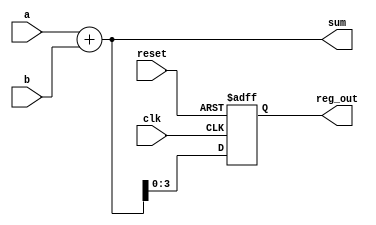
module example_logic (
    input wire clk,         // Clock input
    input wire reset,       // Asynchronous reset input
    input wire [3:0] a,     // 4-bit input a
    input wire [3:0] b,     // 4-bit input b
    output reg [4:0] sum,   // 5-bit output for sum
    output reg [3:0] reg_out // 4-bit output for registered value
);

// Combinational Logic using always @*
always @* begin
    // Calculate the sum of inputs a and b
    sum = a + b;
end

// Sequential Logic using always @ (posedge clk)
always @(posedge clk or posedge reset) begin
    if (reset) begin
        // Asynchronous reset
        reg_out <= 4'b0000; // Reset the output register to 0
    end else begin
        // Update the register with the current value of sum
        reg_out <= sum[3:0]; // Store the lower 4 bits of sum
    end
end

endmodule